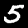
Digit: 5